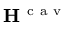
{ \bf { H } } ^ { \mathrm { ~ c ~ a ~ v ~ } }